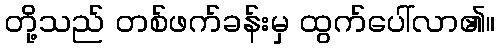
တို့သည် တစ်ဖက်ခန်းမှ ထွက်ပေါ်လာ၏။